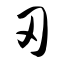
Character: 刃